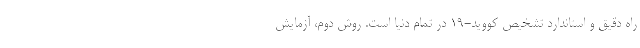
راه دقیق و استاندارد تشخیص کووید-۱۹ در تمام دنیا است. ‌روش دوم، آزمایش